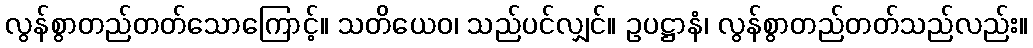
လွန်စွာတည်တတ်သောကြောင့်။ သတိယေဝ၊ သည်ပင်လျှင်။ ဥပဋ္ဌာနံ၊ လွန်စွာတည်တတ်သည်လည်း။